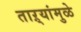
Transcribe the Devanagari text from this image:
ताऱ्यांमुळे